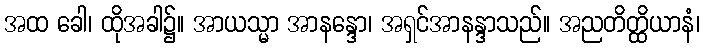
အထ ခေါ၊ ထိုအခါ၌။ အာယသ္မာ အာနန္ဒော၊ အရှင်အာနန္ဒာသည်။ အညတိတ္ထိယာနံ၊